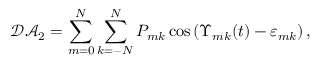
\mathcal { D A } _ { 2 } = \sum _ { m = 0 } ^ { N } \sum _ { k = - N } ^ { N } P _ { m k } \cos \left( \Upsilon _ { m k } ( t ) - \varepsilon _ { m k } \right) ,